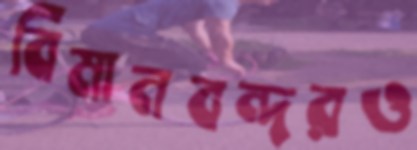
বিমানবন্দরও